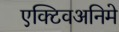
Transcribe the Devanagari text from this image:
एक्टिवअनिमे